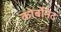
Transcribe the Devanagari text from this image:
कोर्बोनेट